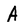
Character: A